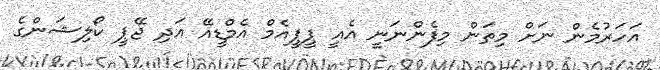
އަހަރުމެން ނަށް މިތަން މިފެންނަނީ އެއީ ޕީޕީއެމް އެމްޑީއޭ އަދި ޖޭޕީ ކޯލިޝަންގެ